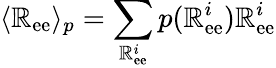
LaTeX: \langle\mathbb{R}_{\mathrm{{ee}}}\rangle_{p}=\sum_{\mathbb{R}_{\mathrm{{ee}}}^{i}}p(\mathbb{R}_{\mathrm{{ee}}}^{i})\mathbb{R}_{\mathrm{{ee}}}^{i}